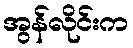
အွန်လိုင်းက